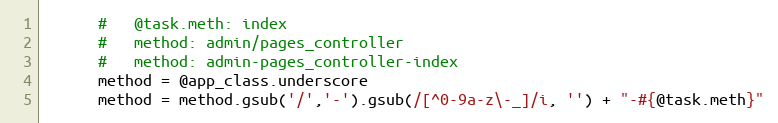
Language: Ruby
      #   @task.meth: index
      #   method: admin/pages_controller
      #   method: admin-pages_controller-index
      method = @app_class.underscore
      method = method.gsub('/','-').gsub(/[^0-9a-z\-_]/i, '') + "-#{@task.meth}"